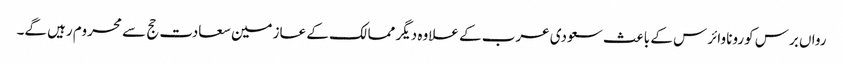
رواں برس کورونا وائرس کے باعث سعودی عرب کے علاوہ دیگر ممالک کے عازمین سعادت حج سے محروم رہیں گے۔